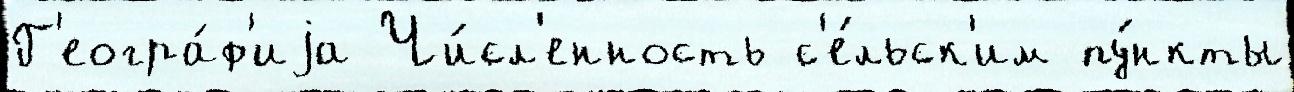
Г'еогра́ф'иjа Чи́сл'енность с'е́льск'им пу́нкты